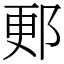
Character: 郠